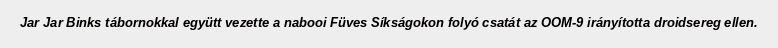
Jar Jar Binks tábornokkal együtt vezette a nabooi Füves Síkságokon folyó csatát az OOM-9 irányította droidsereg ellen.